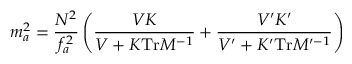
m _ { a } ^ { 2 } = \frac { N ^ { 2 } } { f _ { a } ^ { 2 } } \left( \frac { V K } { V + K \mathrm { T r } M ^ { - 1 } } + \frac { V ^ { \prime } K ^ { \prime } } { V ^ { \prime } + K ^ { \prime } \mathrm { T r } M ^ { \prime - 1 } } \right)